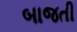
બાજતી